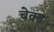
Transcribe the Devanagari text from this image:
चेक्ड